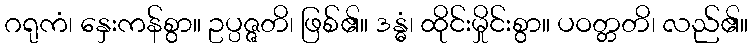
ဂရုကံ၊ နှေးကန်စွာ။ ဥပ္ပဇ္ဇတိ၊ ဖြစ်၏။ ဒန္ဓံ၊ ထိုင်းမှိုင်းစွာ။ ပဝတ္တတိ၊ လည်၏။